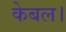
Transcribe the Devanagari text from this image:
केबल।